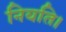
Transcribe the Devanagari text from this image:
नियति।